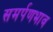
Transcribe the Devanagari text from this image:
समर्पणभाव